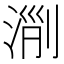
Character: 𣶄